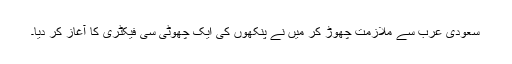
سعودی عرب سے ملازمت چھوڑ کر میں نے پنکھوں کی ایک چھوٹی سی فیکٹری کا آغاز کر دیا۔